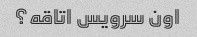
اون سرویس اتاقه؟